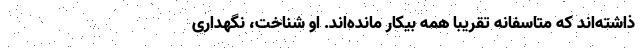
ذاشته‌اند که متاسفانه تقریبا همه بیکار مانده‌اند. او شناخت، نگهداری